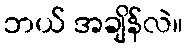
ဘယ် အချိန်လဲ။